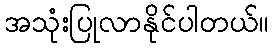
အသုံးပြုလာနိုင်ပါတယ်။